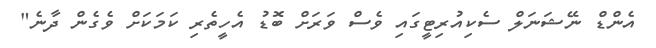
އެންޑް ނޭޝަނަލް ސެކިއުރިޓީގައި ވެސް ވަރަށް ބޮޑު އެހީތެރި ކަމަކަށް ވެގެން ދާނެ"